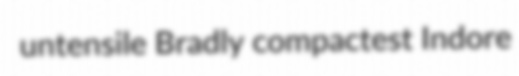
untensile Bradly compactest Indore